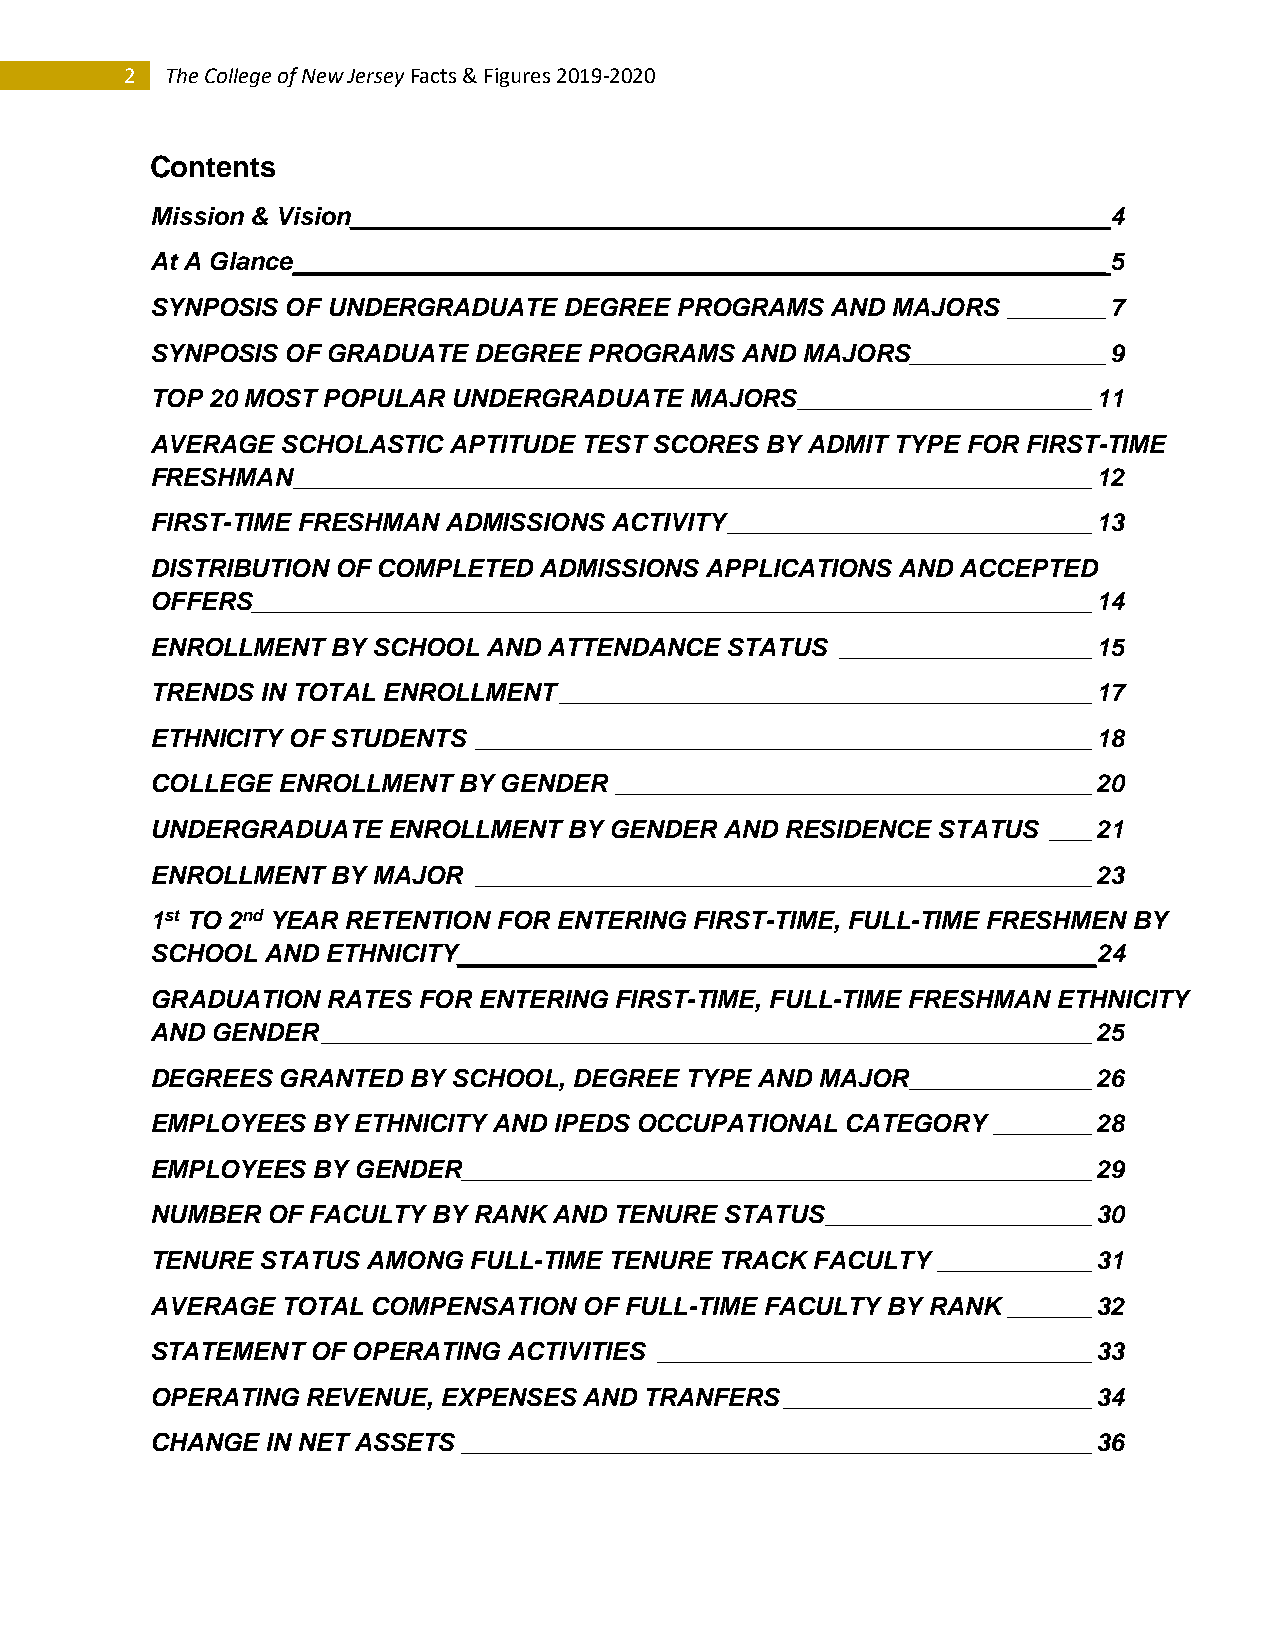
2  The College of New Jersey Facts & Figures 2019-2020
 Contents
 Mission & Vision______________________________________________________ 4
 At A Glance __________________________________________________________ 5
 SYNPOSIS OF UNDERGRADUATE  DEGREE  PROGRAMS  AND MAJORS  _______ 7
 SYNPOSIS OF GRADUATE DEGREE  PROGRAMS  AND MAJORS______________ 9
 TOP 20 MOST POPULAR UNDERGRADUATE   MAJORS _____________________ 11
 AVERAGE  SCHOLASTIC APTITUDE TEST SCORES BY ADMIT TYPE FOR FIRST-TIME
 FRESHMAN _________________________________________________________ 12
 FIRST-TIME FRESHMAN ADMISSIONS ACTIVITY __________________________ 13
 DISTRIBUTION OF COMPLETED ADMISSIONS APPLICATIONS AND ACCEPTED
 OFFERS ____________________________________________________________ 14
 ENROLLMENT  BY SCHOOL AND ATTENDANCE  STATUS  __________________ 15
 TRENDS IN TOTAL ENROLLMENT ______________________________________ 17
 ETHNICITY OF STUDENTS ____________________________________________ 18
 COLLEGE ENROLLMENT  BY GENDER  __________________________________ 20
 UNDERGRADUATE   ENROLLMENT  BY GENDER AND RESIDENCE STATUS  ___ 21
 ENROLLMENT  BY MAJOR  ____________________________________________ 23
 1st TO 2nd YEAR RETENTION FOR ENTERING FIRST-TIME, FULL-TIME FRESHMEN BY
 SCHOOL AND  ETHNICITY______________________________________________24
 GRADUATION  RATES FOR ENTERING FIRST-TIME, FULL-TIME FRESHMAN ETHNICITY
 AND GENDER _______________________________________________________ 25
 DEGREES GRANTED  BY SCHOOL, DEGREE TYPE AND MAJOR _____________ 26
 EMPLOYEES  BY ETHNICITY AND IPEDS OCCUPATIONAL CATEGORY _______ 28
 EMPLOYEES  BY GENDER _____________________________________________ 29
 NUMBER  OF FACULTY BY RANK AND TENURE STATUS ___________________ 30
 TENURE STATUS AMONG  FULL-TIME TENURE TRACK FACULTY ___________ 31
 AVERAGE  TOTAL COMPENSATION  OF FULL-TIME FACULTY BY RANK ______ 32
 STATEMENT  OF OPERATING ACTIVITIES _______________________________ 33
 OPERATING REVENUE, EXPENSES  AND TRANFERS ______________________ 34
 CHANGE  IN NET ASSETS _____________________________________________ 36